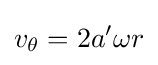
v_{\theta }=2a'\omega r